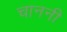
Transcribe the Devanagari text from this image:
चाननी